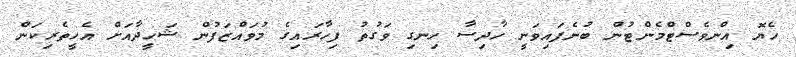
ހެޔޮ އިންވެސްޓްމެންޓުން ބުނެފައިވަނީ ހާދިސާ ހިނގި ވަގުތު ފިހާރައިގެ މުވައްޒަފުން ޝަހީދާއަށް އެހީތެރިކަން